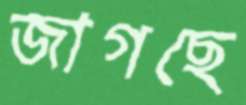
জাগছে